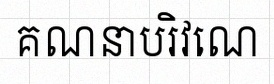
គណនាបរិវេណ